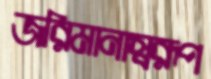
জরিমানাস্বরূপ